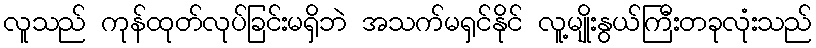
လူသည် ကုန်ထုတ်လုပ်ခြင်းမရှိဘဲ အသက်မရှင်နိုင် လူ့မျိုးနွယ်ကြီးတခုလုံးသည်